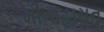
મીનાહાસન